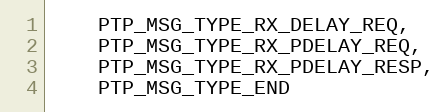
Language: C
    PTP_MSG_TYPE_RX_DELAY_REQ,
    PTP_MSG_TYPE_RX_PDELAY_REQ,
    PTP_MSG_TYPE_RX_PDELAY_RESP,
    PTP_MSG_TYPE_END